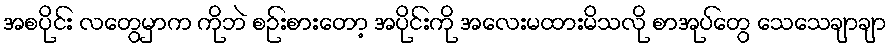
အစပိုင်း လတွေမှာက ကိုဘဲ စဉ်းစားတော့ အပိုင်းကို အလေးမထားမိသလို စာအုပ်တွေ သေသေချာချာ